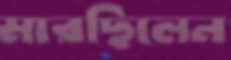
মারছিলেন